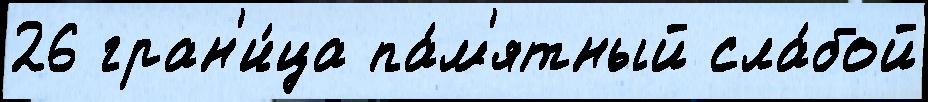
26 гран'и́ца па́м'ятный сла́бой